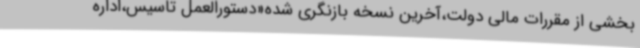
بخشی از مقررات مالی دولت،آخرین نسخه بازنگری شده«دستورالعمل تاسیس،اداره